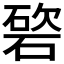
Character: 𥔩